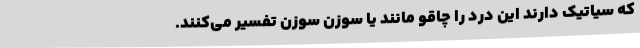
که سیاتیک دارند این درد را چاقو مانند یا سوزن سوزن تفسیر می‌کنند.